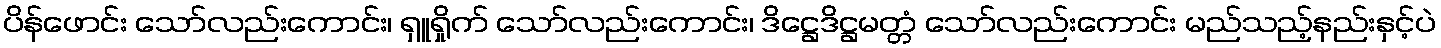
ပိန်ဖောင်း သော်လည်းကောင်း၊ ရှူရှိုက် သော်လည်းကောင်း၊ ဒိဋ္ဌေဒိဋ္ဌမတ္တံ သော်လည်းကောင်း မည်သည့်နည်းနှင့်ပဲ